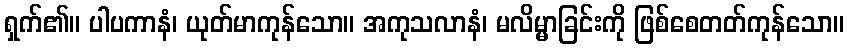
ရှက်၏။ ပါပကာနံ၊ ယုတ်မာကုန်သော။ အကုသလာနံ၊ မလိမ္မာခြင်းကို ဖြစ်စေတတ်ကုန်သော။